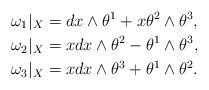
LaTeX: \begin{align*} \omega_1|_X &= dx \land \theta^1 + x \theta^2 \land \theta^3, \\ \omega_2|_X &= x dx \land \theta^2 - \theta^1 \land \theta^3, \\ \omega_3|_X &= x dx \land \theta^3 + \theta^1 \land \theta^2. \end{align*}